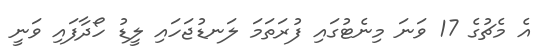
އެ މެޗުގެ 17 ވަނަ މިނެޓުގައި ފުރަތަމަ ލަނޑުޖަހައި ލީޑު ހޯދާފައި ވަނީ